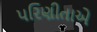
પરિણીતાએ